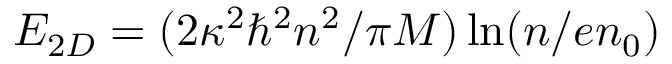
E _ { 2 D } = ( 2 \kappa ^ { 2 } \hbar ^ { 2 } n ^ { 2 } / \pi M ) \ln ( n / e n _ { 0 } )